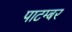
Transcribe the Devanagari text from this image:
पाटम्बर